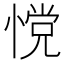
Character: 𰑿